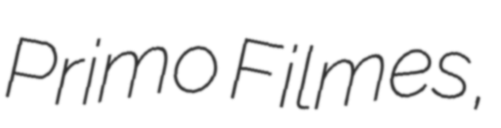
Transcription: Primo Filmes,